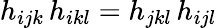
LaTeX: h_{ijk}\, h_{ikl}=h_{jkl}\, h_{ijl}